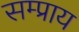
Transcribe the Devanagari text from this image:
सम्प्राय